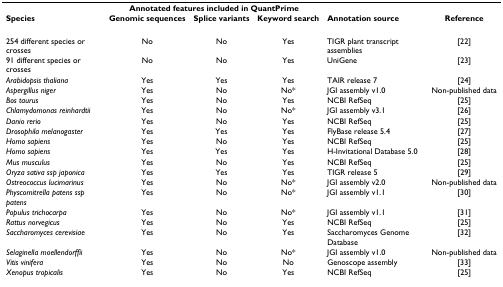
<table><thead><tr><td></td><td colspan="3"><b>Annotated features included in QuantPrime</b></td><td></td><td></td></tr><tr><td><b>Species</b></td><td><b>Genomic sequences</b></td><td><b>Splice variants</b></td><td><b>Keyword search</b></td><td><b>Annotation source</b></td><td><b>Reference</b></td></tr></thead><tbody><tr><td>254 different species or crosses</td><td>No</td><td>No</td><td>Yes</td><td>TIGR plant transcript assemblies</td><td>[22]</td></tr><tr><td>91 different species or crosses</td><td>No</td><td>No</td><td>Yes</td><td>UniGene</td><td>[23]</td></tr><tr><td><i>Arabidopsis thaliana</i></td><td>Yes</td><td>Yes</td><td>Yes</td><td>TAIR release 7</td><td>[24]</td></tr><tr><td><i>Aspergillus niger</i></td><td>Yes</td><td>No</td><td>No*</td><td>JGI assembly v1.0</td><td>Non-published data</td></tr><tr><td><i>Bos taurus</i></td><td>Yes</td><td>No</td><td>Yes</td><td>NCBI RefSeq</td><td>[25]</td></tr><tr><td><i>Chlamydomonas reinhardtii</i></td><td>Yes</td><td>No</td><td>No*</td><td>JGI assembly v3.1</td><td>[26]</td></tr><tr><td><i>Danio rerio</i></td><td>Yes</td><td>No</td><td>Yes</td><td>NCBI RefSeq</td><td>[25]</td></tr><tr><td><i>Drosophila melanogaster</i></td><td>Yes</td><td>Yes</td><td>Yes</td><td>FlyBase release 5.4</td><td>[27]</td></tr><tr><td><i>Homo sapiens</i></td><td>Yes</td><td>No</td><td>Yes</td><td>NCBI RefSeq</td><td>[25]</td></tr><tr><td><i>Homo sapiens</i></td><td>Yes</td><td>Yes</td><td>Yes</td><td>H-Invitational Database 5.0</td><td>[28]</td></tr><tr><td><i>Mus musculus</i></td><td>Yes</td><td>No</td><td>Yes</td><td>NCBI RefSeq</td><td>[25]</td></tr><tr><td><i>Oryza sativa ssp japonica</i></td><td>Yes</td><td>Yes</td><td>Yes</td><td>TIGR release 5</td><td>[29]</td></tr><tr><td><i>Ostreococcus lucimarinus</i></td><td>Yes</td><td>No</td><td>No*</td><td>JGI assembly v2.0</td><td>Non-published data</td></tr><tr><td><i>Physcomitrella patens ssp patens</i></td><td>Yes</td><td>No</td><td>No*</td><td>JGI assembly v1.1</td><td>[30]</td></tr><tr><td><i>Populus trichocarpa</i></td><td>Yes</td><td>No</td><td>No*</td><td>JGI assembly v1.1</td><td>[31]</td></tr><tr><td><i>Rattus norvegicus</i></td><td>Yes</td><td>No</td><td>Yes</td><td>NCBI RefSeq</td><td>[25]</td></tr><tr><td><i>Saccharomyces cerevisiae</i></td><td>Yes</td><td>No</td><td>Yes</td><td>Saccharomyces Genome Database</td><td>[32]</td></tr><tr><td><i>Selaginella moellendorffii</i></td><td>Yes</td><td>No</td><td>No*</td><td>JGI assembly v1.0</td><td>Non-published data</td></tr><tr><td><i>Vitis vinifera</i></td><td>Yes</td><td>No</td><td>No</td><td>Genoscope assembly</td><td>[33]</td></tr><tr><td><i>Xenopus tropicalis</i></td><td>Yes</td><td>No</td><td>Yes</td><td>NCBI RefSeq</td><td>[25]</td></tr></tbody></table>